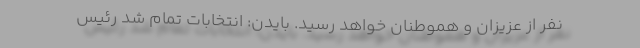
نفر از عزیزان و هموطنان خواهد رسید. بایدن: انتخابات تمام شد رئیس‌